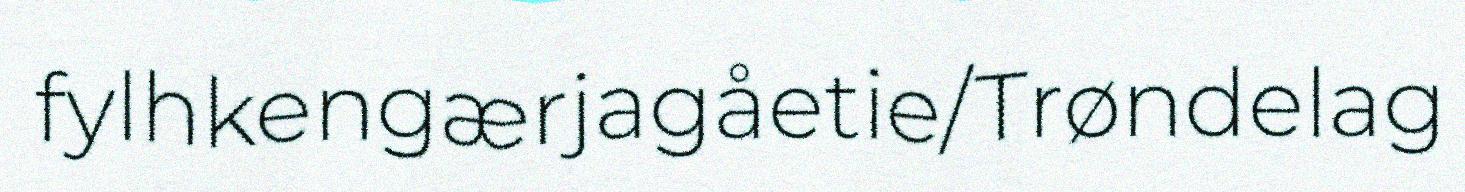
fylhkengærjagåetie/Trøndelag